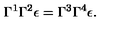
\Gamma ^ { 1 } \Gamma ^ { 2 } \epsilon = \Gamma ^ { 3 } \Gamma ^ { 4 } \epsilon .